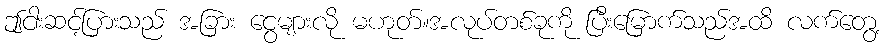
ဤငါးဆင့်ပြားသည် အခြား ငွေများလို မဟုတ်။အလုပ်တစ်ခုကို ပြီးမြောက်သည်အထိ လက်တွေ့